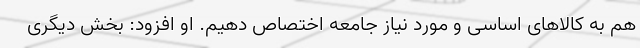
هم به کالاهای اساسی و مورد نیاز جامعه اختصاص دهیم. او افزود: بخش دیگری